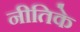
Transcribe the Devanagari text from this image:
नीतिके